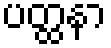
ပတ္ထနာ